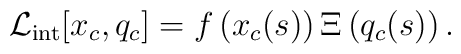
{\cal L}_{\rm int}[x_c,q_c] = f \left( x_c(s)\right) \Xi\left( q_c(s)\right).